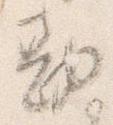
勘